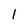
Character: 1